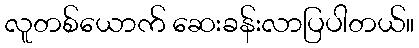
လူတစ်ယောက် ဆေးခန်းလာပြပါတယ်။